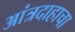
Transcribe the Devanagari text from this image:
आंत्रदाहाचा